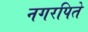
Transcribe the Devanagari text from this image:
नगरपिते